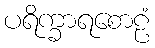
ပရိက္ခာရစောဠံ